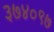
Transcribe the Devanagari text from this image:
३७४०९७